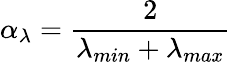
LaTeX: \alpha_{\lambda}=\frac{2}{\lambda_{min}+\lambda_{max}}